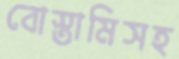
বোস্তামিসহ